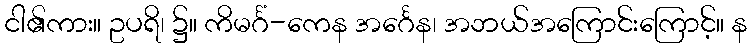
ငါ၏ကား။ ဥပရိ၊ ၌။ ကိမင်္ဂံ-ကေန အင်္ဂေန၊ အဘယ်အကြောင်းကြောင့်။ န